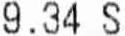
9.34 S